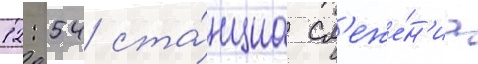
12: 54 ста́нциа сл'еже́н'иа